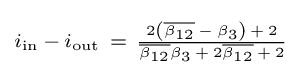
\scriptstyle i_{\text{in}}\,-\,i_{\text{out}}~=~{\frac {2\left({\overline {\beta _{12}}}\,-\,\beta _{3}\right)\,+\,2}{{\overline {\beta _{12}}}\beta _{3}\,+\,2{\overline {\beta _{12}}}\,+\,2}}